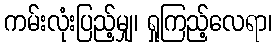
ကမ်းလုံးပြည့်မျှ၊ ရှုကြည့်လေရာ၊